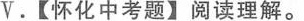
V.【怀化中考题】阅读理解.